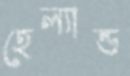
হেল্যান্ড